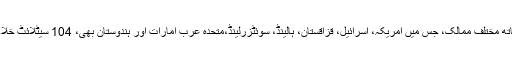
اسرو نے میگا مشن کے ذریعہ ایک ساتھ مختلف ممالک، جس میں امریکہ، اسرائیل، قزاقستان، ہالینڈ، سوئٹزرلینڈ،متحدہ عرب امارات اور ہندوستان بھی، 104 سیٹلائٹ خلاء میں کامیابی کے ساتھ لانچ کئے ہیں۔